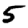
Digit: 5